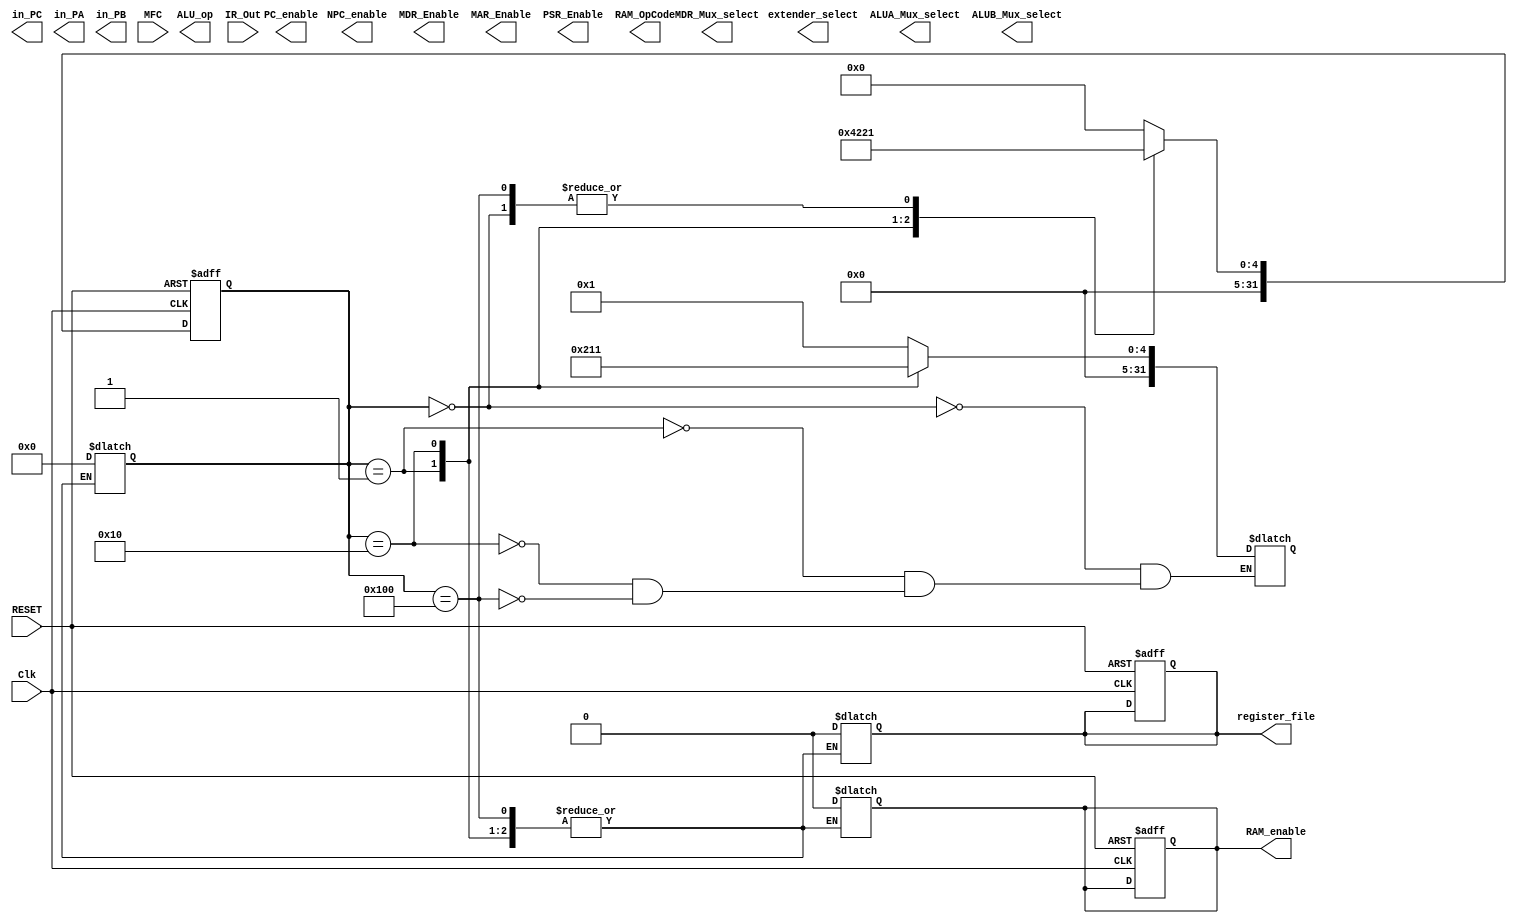
module ControlUnit(
	// Control Signals
	// Enables
	output reg NPC_enable, PC_enable, MDR_Enable, MAR_Enable, register_file, RAM_enable, PSR_Enable,
	// Select Lines Muxes
	output reg [1:0]extender_select, ALUA_Mux_select,
	output reg [2:0]ALUB_Mux_select,
	output reg MDR_Mux_select,
	// Register file control
	output reg [4:0]in_PC, output reg [4:0]in_PA, output reg [4:0]in_PB,
	// Alu control
	output reg [5:0]ALU_op,
	// Ram control
	output reg [5:0]RAM_OpCode,
	
	// Status Signals
	input [31:0]IR_Out,
	input MFC,

	// Input Signals
	input RESET,
	input Clk);
	
	// Local variables
	reg [31:0] State, nextState;
	
	// initial begin
	// RAM_enable    = 0;
	// register_file = 0;
	// end
	
	reg TEMP_Enable;
	always @ (posedge Clk, posedge RESET)
		if (RESET) begin 
			State = 0;
			RAM_enable    = 0;
			register_file = 0;
			// Supposed to be either a state that simply moves towards fetch state, or it's the fetch state itself
			// And everything else pertaining output signals in state 0
		end
		else State <= nextState; // Simply transition to the next state

		always @ (State, MFC/*, other stuff like MFC signal*/) 
		begin
			// Here, we define what is the next state based on the current state and some input/status signals
			case(State)
				// 0 -> 1
				32'h0000_0000 : nextState = 32'h0000_0001; // From Reset, move to Fetch Instruction State
				// 1 -> 2
				32'h0000_0001 : nextState = 32'h0000_0010; // From fetch, move to decode state
				// 2 -> 3
				32'h0000_0010 : nextState = 32'h0000_0011; // From decode, move to execute arithmetic and logic instruction
				// 3 -> 1
				32'h0000_0100 : nextState = 32'h0000_0001; // From execute arithmetic and logic instruction, move to fetch state

				default       : nextState = 32'h0000_0000; // Reset the system if we arrive at an invalid state
			endcase
		end

		always @ (State, MFC/*etc */)
		begin
			case(State)
				// Here we declare the signal changes that must occur if Clk ticks on posedge on a certain state.
				32'h0000_0000 : nextState = 32'h0000_0001;
				32'h0000_0001 : nextState = 32'h0000_0010; // From fetch, move to decode state
				32'h0000_0010 : nextState = 32'h0000_0011; // From decode, move to execute arithmetic and logic instruction
				32'h0000_0100 : nextState = 32'h0000_0001; // From execute arithmetic and logic instruction, move to fetch state

				default       : begin // same as if(RESET) block
					State         = 0;
					RAM_enable    = 0;
					register_file = 0;
				end
			endcase
		end


	// 		if (IR_Out[31:30] === 2'b00 ) begin
	// 			// Branch Instructions Family

	// 			// The address is included in the instruction in the least significant 22 bits

	// 			register_file = 0; // Not writing to a register during a branch.
	// 			in_PA         = 0; // Choosing A as r0, to pass the address unchanged through the ALU

	// 			extender_select = 2'b01;
	// 			ALUB_Mux_select = 3'b001;
	// 			ALU_op          = 6'b000000;

	// 			// checking cond field, to determine the type of branch
	// 			/*casex (IR_Out[28:25])
	// 				4'b1000:
	// 					// Branch always, ba
	// 				4'b0000:
	// 					// Branch never, bn

	// 				4'b1001:
	// 					// Branch on not equal, bne
	// 				4'b0001:
	// 					// Branch on equal, be

	// 				4'b1010:
	// 					// Branch on greater, bg
	// 				4'b0010:
	// 					// Branch on less or equal, ble

	// 				4'b1011:
	// 					// Branch on greater or equal, bge
	// 				4'b0011:
	// 					// Branch on less, bl

	// 				4'b1100:
	// 					// Branch on greater unsigned, bgu
	// 				4'b0100:
	// 					// Branch on less or equal unsigned, bleu

	// 				4'b1101:
	// 					// Branch on carry = 0, bcc
	// 				4'b0101:
	// 					// Branch on carry = 1, bcs

	// 				4'b1110:
	// 					// Branch on positive, bpos
	// 				4'b0110:
	// 					// Branch on negative, bneg

	// 				4'b1111:
	// 					// Branch on overflow = 0, bvc
	// 				4'b0111:
	// 					// Branch on overflow = 1, bvs

	// 			endcase
	// 			*/
	// 		end
	// 		else if (IR_Out[31:30] === 2'b01) begin 
	// 			// do nothing
	// 		end
	// 		else if (IR_Out[31:30] === 2'b10) begin 
	// 			// Arithmetic and Logic Instructions Family
	// 			in_PC  = IR_Out[29:25];
	// 			ALU_op = IR_Out[24:19];
	// 			in_PA  = IR_Out[18:14];
	// 			register_file = 1;
	// 			PSR_Enable = 1;
	// 			ALUA_Mux_select = 2'b00;
	// 			if (IR_Out[13]) begin 
	// 				//B is an immediate argument in IR
	// 				ALUB_Mux_select = 3'b001;
	// 				extender_select = 2'b00;
	// 			end
	// 			else begin 
	// 				//B is a register
	// 				ALUB_Mux_select = 3'b000;
	// 				in_PB = IR_Out[4:0];
	// 			end
	// 		end
	// 		else if (IR_Out[31:30] === 2'b11) begin 
	// 			// Load and Store operations
				
	// 			if(IR_Out[24:19] == 6'b000011) begin 			//Load DOUBLE WORD
	// 			/*IR_Out[24:19] = 6'b000000; //load word op-code
	// 			load(); //TRAP IF NOT EVEN ADDRESS
	// 			register_file = 0;
	// 			IR_Out[29:25] = IR_Out[29:25] + 1; //choosing the following register
	// 			IR_Out[18:14] = IR_Out[18:14] + 4; //adding 4 to PA in order to choose corresponding address
	// 			load();*/
				
	// 			end
	// 			else if(IR_Out[24:19] == 6'b000000||IR_Out[24:19] == 6'b000001||IR_Out[24:19] == 6'b000010||IR_Out[24:19] == 6'b001001||IR_Out[24:19] == 6'b001010) begin
	// 				load();
	// 			end
	// 			else if(IR_Out[24:19] == 6'b000111)begin
	// 			//STORE DOUBLE WORD
				
	// 			end
	// 			else if(IR_Out[24:19] == 6'b000100||IR_Out[24:19] == 6'b000101||IR_Out[24:19] == 6'b000110) begin
	// 				store();
	// 			end
	// 			else if(IR_Out[24:19] == 6'b001111) begin
	// 				//SWAP THEM REGISTERS
					
	// 				ALU_op = 6'b000000;
	// 				in_PA  = IR_Out[18:14];
	// 				if (IR_Out[13]) begin 
	// 					//B is an immediate argument in IR
	// 					ALUB_Mux_select = 3'b001;
	// 					extender_select = 2'b00;
	// 				end
	// 				else begin 
	// 					//B is a register
	// 					ALUB_Mux_select = 3'b000;
	// 					in_PB = IR_Out[4:0];
	// 				end
	// 				MAR_Enable =1;
	// 				#5;
	// 				MAR_Enable =0;
	// 				RAM_enable = 1;
	// 				MDR_Mux_select = 1;
	// 				MDR_Enable =1;
	// 				#5;
	// 				MDR_Enable =0;
	// 				TEMP_Enable = 1;
	// 				#5;
	// 				TEMP_Enable=0;
	// 				in_PA  = IR_Out[29:25];
	// 				ALUB_Mux_select = 3'b000;
	// 				in_PB = 0;
	// 				MDR_Mux_select = 0;
	// 				MDR_Enable =1;
	// 				#5;
	// 				MDR_Enable =0;
	// 				RAM_enable = 1;
	// 				#5;
	// 				RAM_enable = 0;
	// 				ALUB_Mux_select = 3'b100;
	// 				in_PC  = IR_Out[29:25];
	// 				in_PA  = 5'b00000;
	// 				ALU_op = 6'b000000;
	// 				register_file = 1;			
	// 				#5;
	// 				register_file = 0;
	// 			end
	// 		end
	// 	end
	
	// //TASKS
	
	// task load;
	// begin
	// 	in_PC  = IR_Out[29:25];
	// 	RAM_OpCode = IR_Out[24:19];
	// 	ALU_op = 6'b000000;
	// 	in_PA  = IR_Out[18:14];
	// 	if (IR_Out[13]) begin 
	// 		//B is an immediate argument in IR
	// 		ALUB_Mux_select = 3'b001;
	// 		extender_select = 2'b00;
	// 	end
	// 	else begin 
	// 		//B is a register
	// 		ALUB_Mux_select = 3'b000;
	// 		in_PB = IR_Out[4:0];
	// 	end
	// 	MAR_Enable =1;
	// 	#6;
	// 	MAR_Enable =0;
	// 	RAM_enable = 1;
	// 	MDR_Mux_select = 1;
	// 	#2;
	// 	MDR_Enable =1;
		
	// 	#9;
	// 	MDR_Enable =0;
	// 	RAM_enable = 0;
	// 	ALUB_Mux_select = 3'b010;
	// 	in_PA  = 5'b00000;
	// 	ALU_op = 6'b000000;
	// 	register_file = 1;
	// 	#6;
	// 	register_file = 0;
	// 	#2;
		
	// end
	// endtask
	
	// task store;
	// begin
	// 	RAM_OpCode = IR_Out[24:19];
	// 	ALU_op = 6'b000000;
	// 	in_PA  = IR_Out[18:14];
	// 	if (IR_Out[13]) begin 
	// 		//B is an immediate argument in IR
	// 		ALUB_Mux_select = 3'b001;
	// 		extender_select = 2'b00;
	// 	end
	// 	else begin 
	// 		//B is a register
	// 		ALUB_Mux_select = 3'b000;
	// 		in_PB = IR_Out[4:0];
	// 	end
	// 	MAR_Enable =1;
	// 	#6;
	// 	MAR_Enable =0;
	// 	in_PA  = IR_Out[29:25];
	// 	ALUB_Mux_select = 3'b000;
	// 	in_PB = 0;
	// 	MDR_Mux_select = 0;
	// 	MDR_Enable =1;
	// 	#5;
	// 	MDR_Enable =0;
	// 	#2;
	// 	RAM_enable = 1;
	// 	#5;
	// 	RAM_enable = 0;
	
	// end
	// endtask
	
endmodule